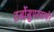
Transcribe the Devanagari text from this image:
टर्बोसुपरचार्जर